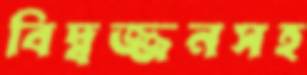
বিদ্বজ্জনসহ